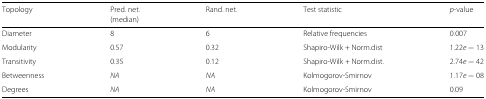
| Topology | Pred. net. | Rand. net. | Test statistic | p-value |
 |  | (median) |  |  |  |
 | --- | --- | --- | --- | --- |
 | Diameter | 8 | 6 | Relative frequencies | 0.007 |
 | Modularity | 0.57 | 0.32 | Shapiro-Wilk + Norm.dist | 1.22e−13 |
 | Transitivity | 0.35 | 0.12 | Shapiro-Wilk + Norm.dist. | 2.74e−42 |
 | Betweenness | NA | NA | Kolmogorov-Smirnov | 1.17e−08 |
 | Degrees | NA | NA | Kolmogorov-Smirnov | 0.09 |